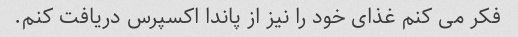
فکر می کنم غذای خود را نیز از پاندا اکسپرس دریافت کنم.